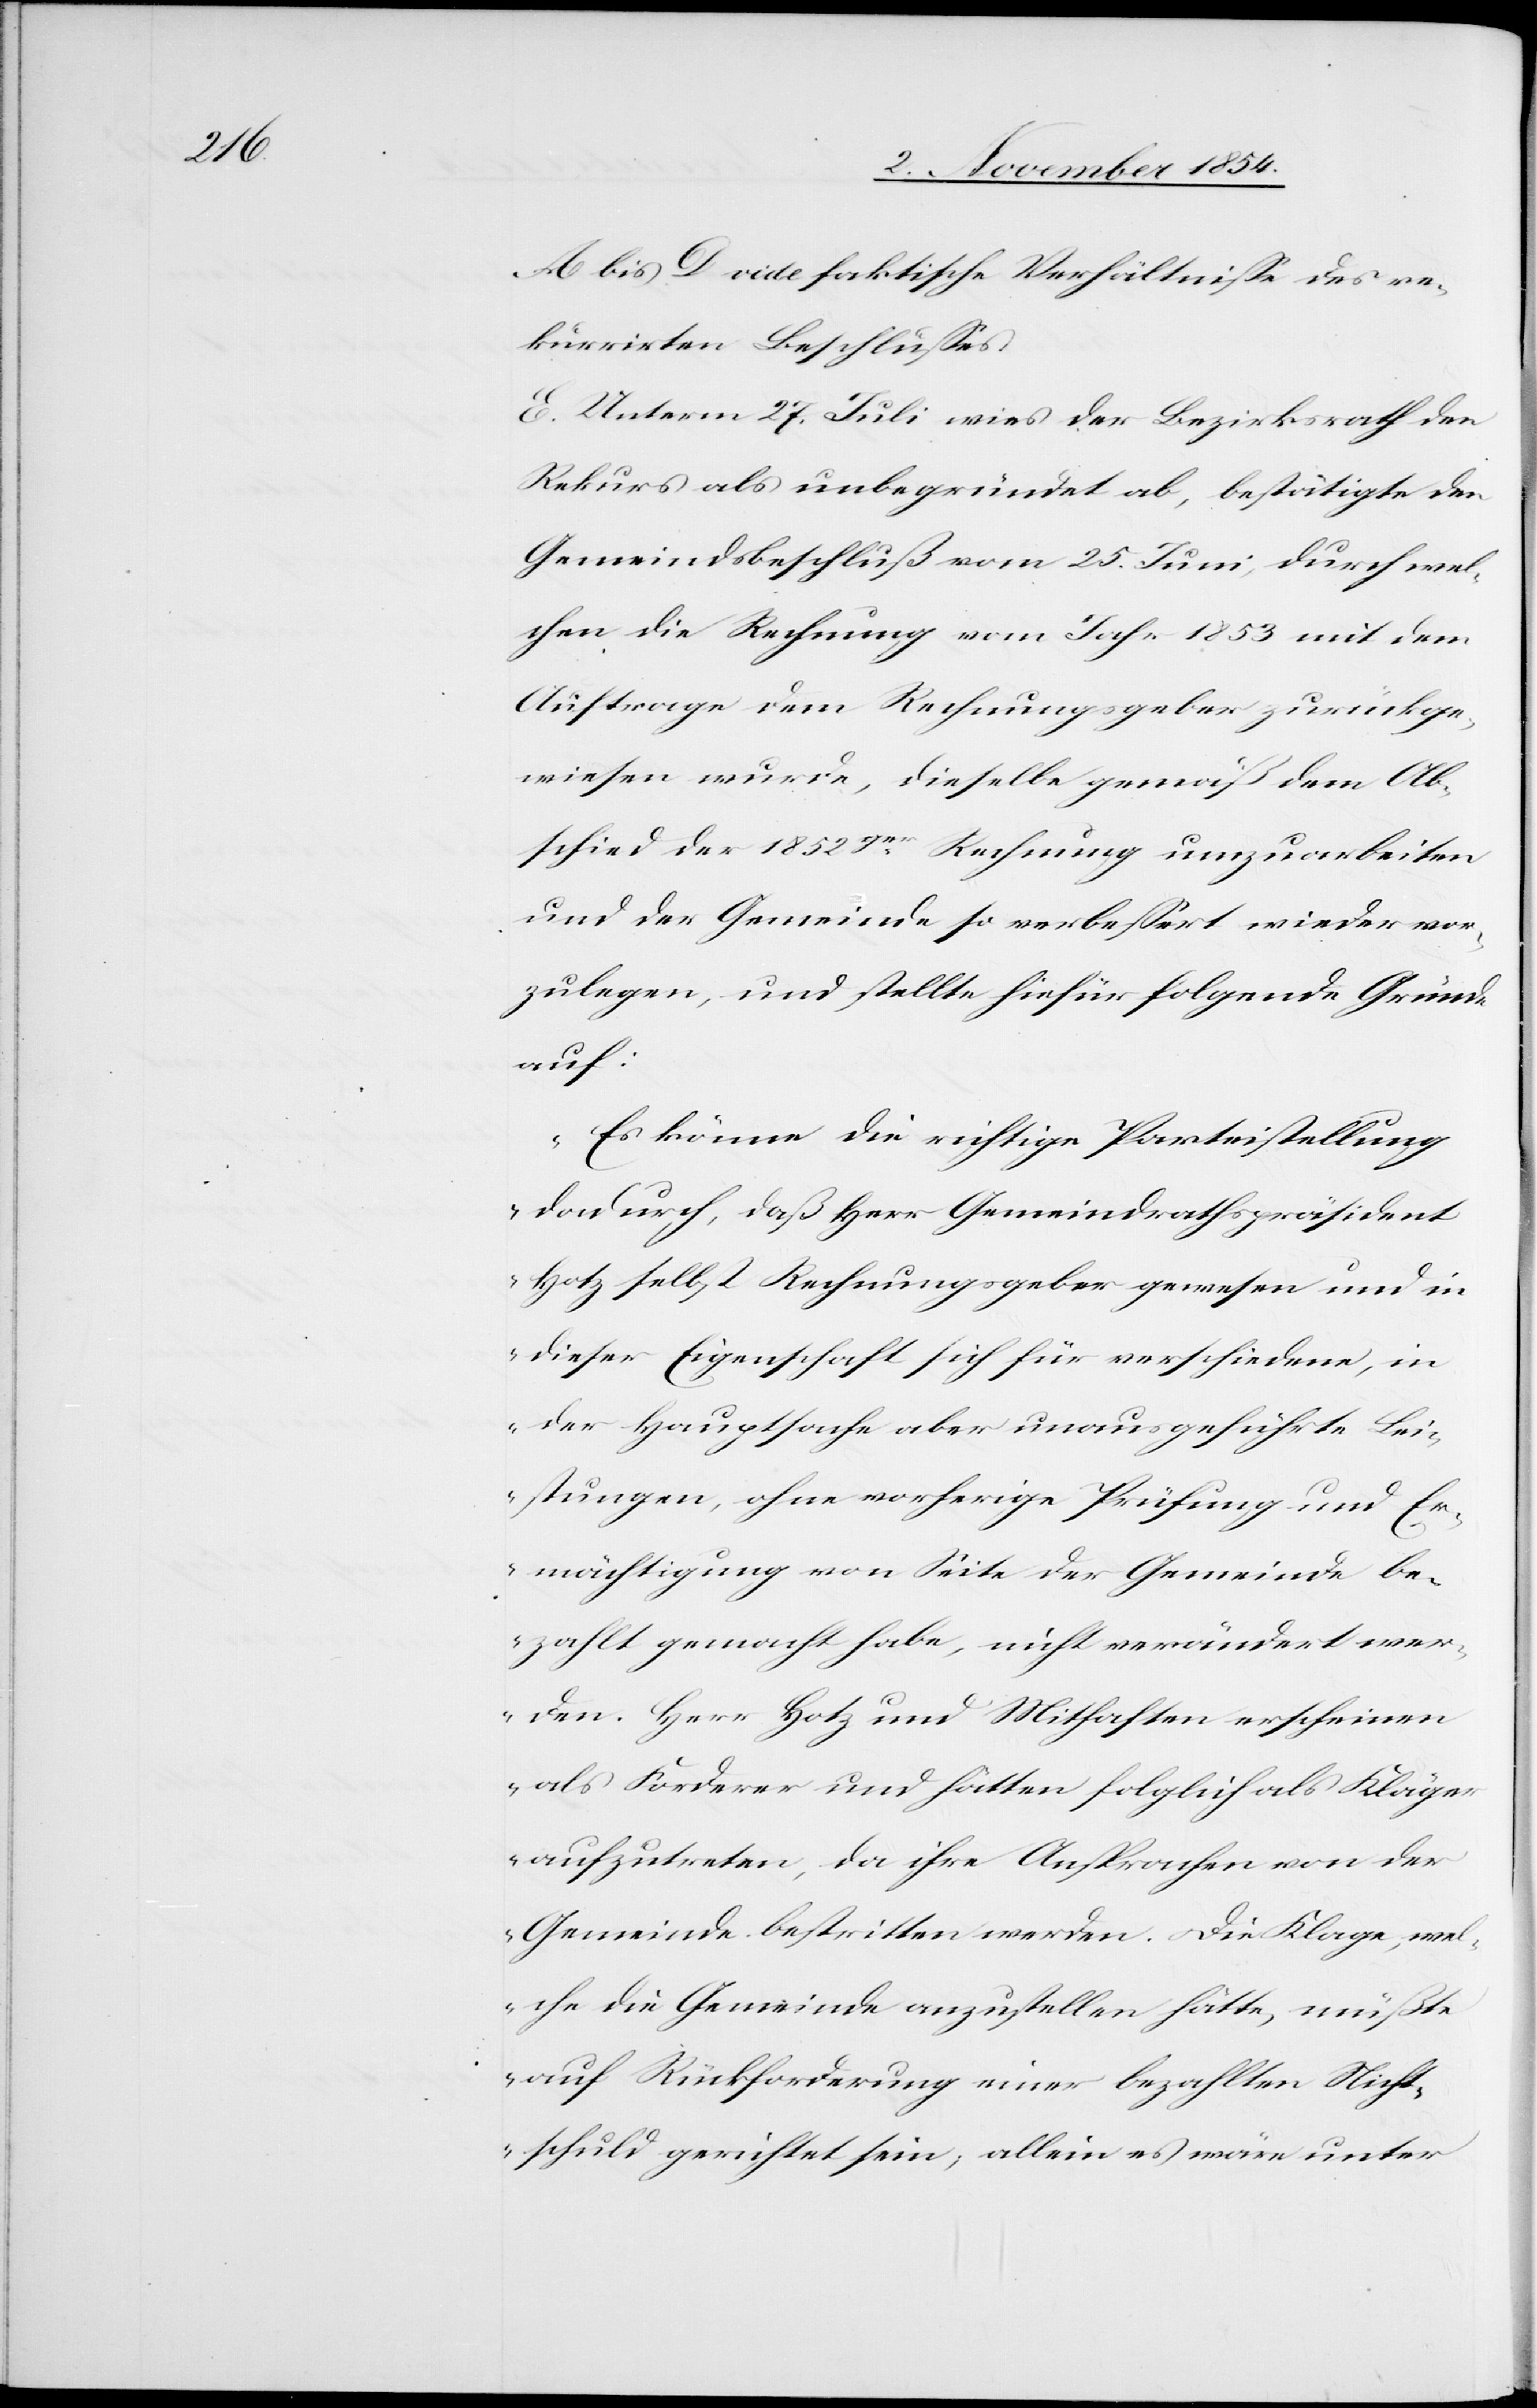
A bis D vide faktische Verhältniße des re¬
kurrirten Beschlußes.
E. Unterm 27. Juli wies der Bezirksrath den
Rekurs als unbegründet ab, bestätigte den
Gemeindsbeschluß vom 25. Juni, durch wel¬
chen die Rechnung vom Jahr 1853 mit dem
Auftrage dem Rechnungsgeber zurückge¬
wiesen wurde, dieselbe gemäß dem Ab¬
schied der 1852ger Rechnung umzuarbeiten
und der Gemeinde so verbeßert wieder vor¬
zulegen, und stelle hiefür folgende Gründe
auf:
„Es könne die richtige Parteistellung
dadurch, daß Herr Gemeindrathspräsident
Hotz selbst Rechnungsgeber gewesen und in
dieser Eigenschaft sich für verschiedene, in
der Hauptsache aber unausgeführte Lei¬
stungen, ohne vorherige Prüfung und Er¬
mächtigung von Seite der Gemeinde be¬
zahlt gemacht habe, nicht verändert wer¬
den. Herr Hotz und Mithaften erscheinen
als Forderer und hätten folglich als Kläger
aufzutreten, da ihre Ansprachen von der
Gemeinde bestritten werden. Die Klage, wel¬
che die Gemeinde anzustellen hätte, müßte
auf Rückforderung einer bezahlten Nicht¬
schuld gerichtet sein, allein es wäre unter